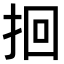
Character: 𫝻